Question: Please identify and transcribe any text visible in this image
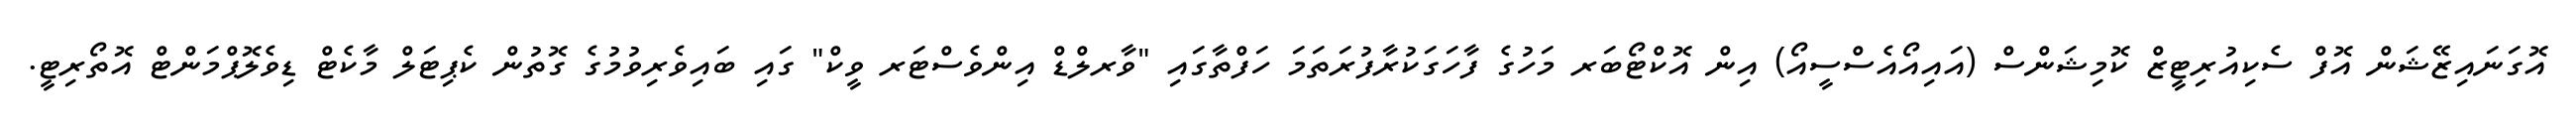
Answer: އޮގަނައިޒޭޝަން އޮފް ސެކިއުރިޓީޒް ކޮމިޝަންސް (އައިއޯއެސްސީއޯ) އިން އޮކްޓޯބަރ މަހުގެ ފާހަގަކުރާފުރަތަމަ ހަފްތާގައި "ވާރލްޑް އިންވެސްޓަރ ވީކް" ގައި ބައިވެރިވުމުގެ ގޮތުން ކެޕިޓަލް މާކެޓް ޑިވެލޮޕްމަންޓް އޮތޯރިޓީ.